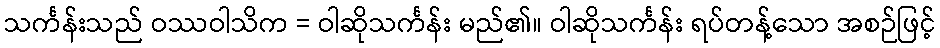
သင်္ကန်းသည် ဝဿဝါသိက = ဝါဆိုသင်္ကန်း မည်၏။ ဝါဆိုသင်္ကန်း ရပ်တန့်သော အစဉ်ဖြင့်